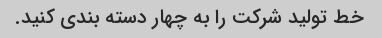
خط تولید شرکت را به چهار دسته بندی کنید.